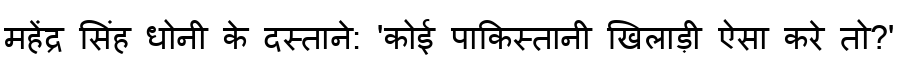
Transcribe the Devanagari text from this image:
महेंद्र सिंह धोनी के दस्ताने: 'कोई पाकिस्तानी खिलाड़ी ऐसा करे तो?'